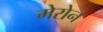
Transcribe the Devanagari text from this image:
मेरोन